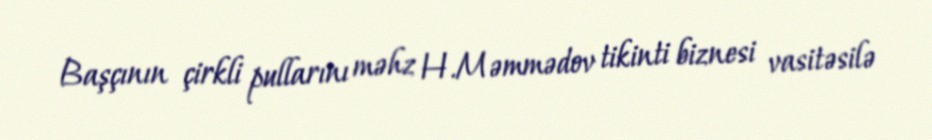
Başçının çirkli pullarını məhz H.Məmmədov tikinti biznesi vasitəsilə